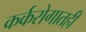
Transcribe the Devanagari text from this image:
कर्करोगातही